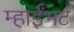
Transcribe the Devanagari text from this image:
म्हाईंभट